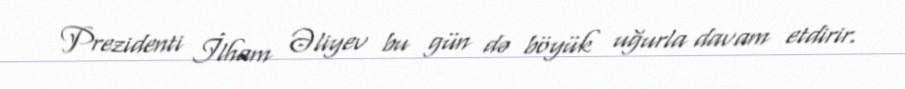
Prezidenti İlham Əliyev bu gün də böyük uğurla davam etdirir.